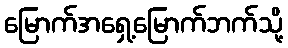
မြောက်အရှေ့မြောက်ဘက်သို့